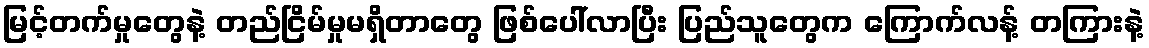
မြင့်တက်မှုတွေနဲ့ တည်ငြိမ်မှုမရှိတာတွေ ဖြစ်ပေါ်လာပြီး ပြည်သူတွေက ကြောက်လန့် တကြားနဲ့